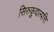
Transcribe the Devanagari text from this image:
सिरुकुदाल्पत्ति